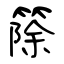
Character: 篨